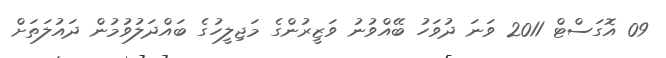
09 އޮގަސްޓް 2011 ވަނަ ދުވަހު ބޭއްވުނު ވަޒީރުންގެ މަޖިލީހުގެ ބައްދަލުވުމުން ދައުލަތަށް